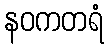
နဝကတရံ